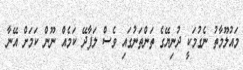
މައުލޫމާތު ނެގުމަކީ ދުނިޔޭގެ ތަންތަނުގައި ވެސް ލަފާދޭ ކަމެއް ނޫން ކަމަށް އޭނާ